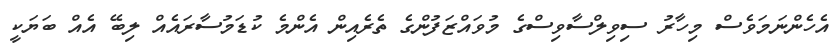
އެހެންނަމަވެސް މިހާރު ސިވިލްސާވިސްގެ މުވައްޒަފުންގެ ތެރެއިން އެންމެ ކުޑަމުސާރައެއް ލިބޭ އެއް ބަޔަކީ